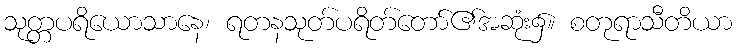
သုတ္တပရိယောသာနေ၊ ရတနသုတ်ပရိတ်တော်၏အဆုံး၌။ စတုရာသီတိယာ